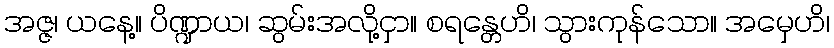
အဇ္ဇ၊ ယနေ့။ ပိဏ္ဍာယ၊ ဆွမ်းအလို့ငှာ။ စရန္တေဟိ၊ သွားကုန်သော။ အမှေဟိ၊